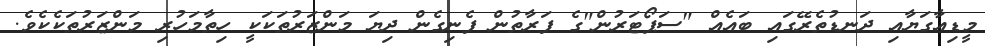
މީޑިއާގަޔާއި ދަނޑުތެރޭގައި ބައެއް "ސަޕޯޓަރުން"ގެ ފަރާތުން ފެނިގެން ދިޔަ މަންޒަރުތަކަކީ ހިތާމަހުރި މަންޒަރުތަކެކެވެ.